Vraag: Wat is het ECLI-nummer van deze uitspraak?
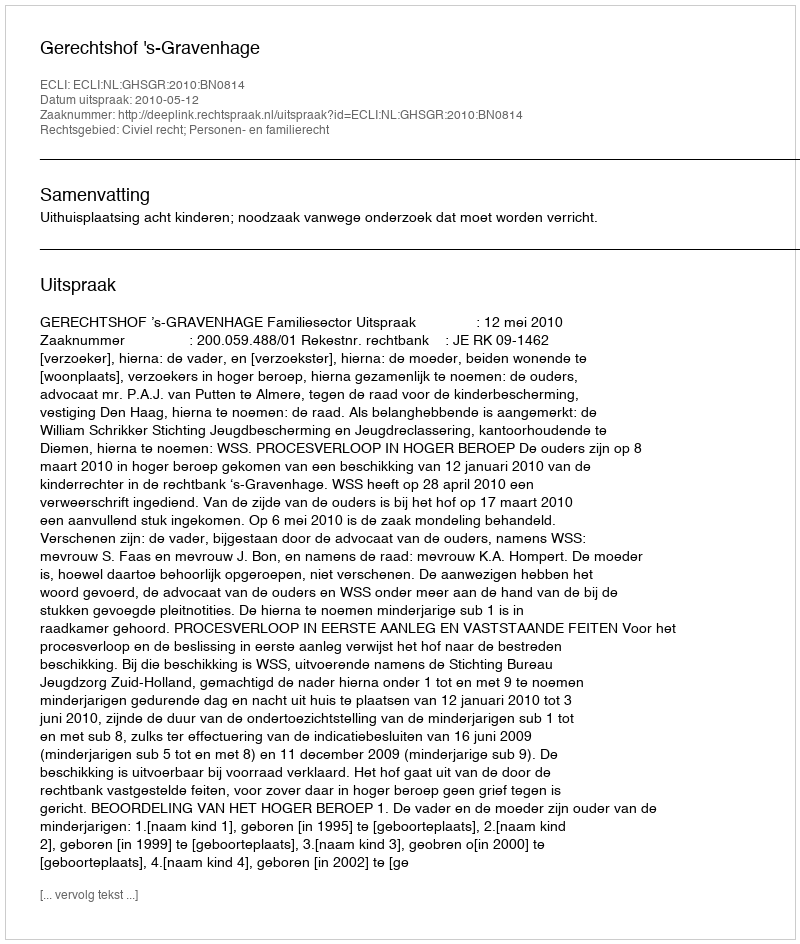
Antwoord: ECLI:NL:GHSGR:2010:BN0814